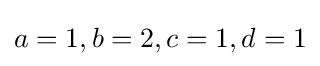
a=1,b=2,c=1,d=1